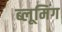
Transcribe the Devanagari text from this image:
ब्लूमिंग